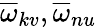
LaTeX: \overline{{\omega}}_{kv},\overline{{\omega}}_{nu}